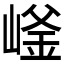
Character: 𱜄